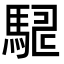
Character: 𮪇